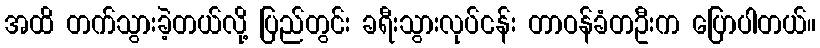
အထိ တက်သွားခဲ့တယ်လို့ ပြည်တွင်း ခရီးသွားလုပ်ငန်း တာဝန်ခံတဦးက ပြောပါတယ်။